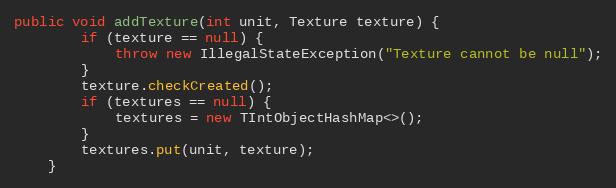
Language: Java
public void addTexture(int unit, Texture texture) {
        if (texture == null) {
            throw new IllegalStateException("Texture cannot be null");
        }
        texture.checkCreated();
        if (textures == null) {
            textures = new TIntObjectHashMap<>();
        }
        textures.put(unit, texture);
    }